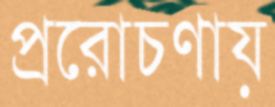
প্ররোচণায়